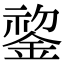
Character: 𬫧